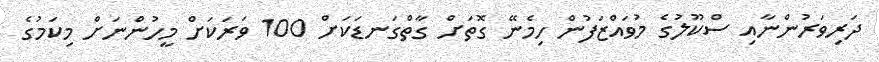
ދަރިވަރުންނާއި ސްކޫލުގެ މުވައްޒަފުން ހިމެނޭ ގޮތަށް ގާތްގަނޑަކަށް 100 ވަރަކަށް މީހުންނަށް މިކަމުގެ